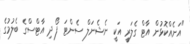
"އަނެއްކޮޅުން އާޓް ގެލަރީ އަކީ ނެޝެނަލް ސެންޓަ ފޯ ދި އާޓްސްގެ ބެލުމުގެ